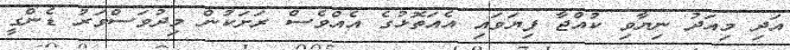
އަދި މިއަދު ނިޔާވި ކުއްޖާ ފިޔަވައި އެއަތޮޅުގެ އެއްވެސް ރަށަކުން މިދުވަސްވަރު ޑެންގީ